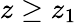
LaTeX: z\geq z_{1}